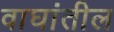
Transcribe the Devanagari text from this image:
वाघांतील